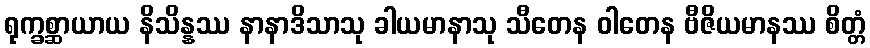
ရုက္ခစ္ဆာယာယ နိသိန္နဿ နာနာဒိသာသု ခါယမာနာသု သီတေန ဝါတေန ဗီဇိယမာနဿ စိတ္တံ